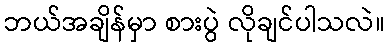
ဘယ်အချိန်မှာ စားပွဲ လိုချင်ပါသလဲ။